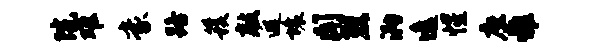
院难豪路簇敲遐壤闻烈泐逸惺座雅